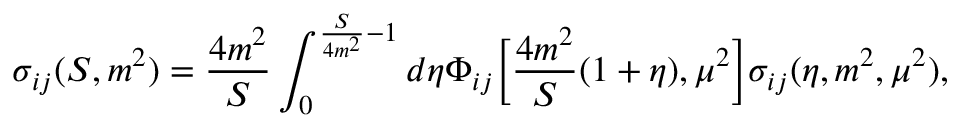
\sigma _ { i j } ( S , m ^ { 2 } ) = { \frac { 4 m ^ { 2 } } { S } } \int _ { 0 } ^ { { \frac { S } { 4 m ^ { 2 } } } - 1 } d \eta \Phi _ { i j } \biggl [ { \frac { 4 m ^ { 2 } } { S } } ( 1 + \eta ) , \mu ^ { 2 } \biggr ] \sigma _ { i j } ( \eta , m ^ { 2 } , \mu ^ { 2 } ) ,